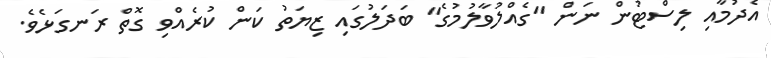
އެދުމާއި ލިސްޓުން ނަން "ގެއްލުވާލުމުގެ" ބަދަލުގައި ޒިޔަތު ކަން ކުރެއްވި ގޮތް ރަނގަޅެވެ.